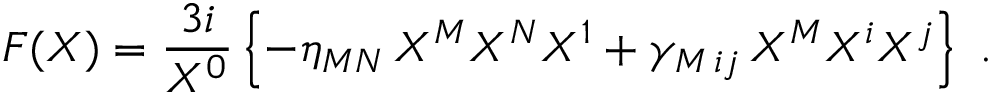
F ( X ) = { \frac { 3 i } { X ^ { 0 } } } \left\{ - \eta _ { M N } \, X ^ { M } X ^ { N } X ^ { 1 } + \gamma _ { M \, i j } \, X ^ { M } X ^ { i } X ^ { j } \right\} \ .